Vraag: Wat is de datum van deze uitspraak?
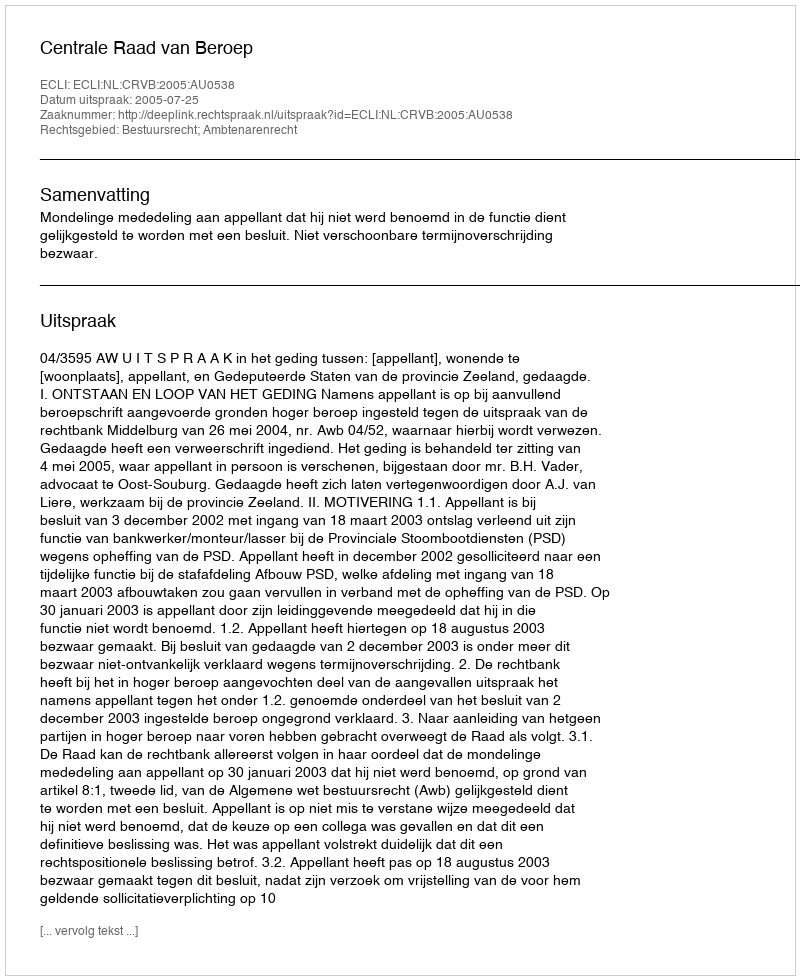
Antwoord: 2005-07-25